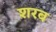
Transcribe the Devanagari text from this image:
शरब